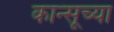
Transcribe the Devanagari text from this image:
कान्सूच्या